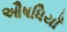
ઔષધિયાઁ